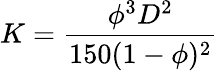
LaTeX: K=\frac{\phi^{3}D^{2}}{150(1-\phi)^{2}}